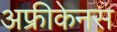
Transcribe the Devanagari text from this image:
अफ्रीकेनस